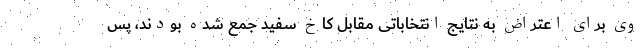
وی برای اعتراض به نتایج انتخاباتی مقابل کاخ سفید جمع شده بودند، پس